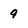
Character: 9